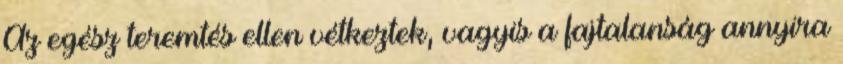
Az egész teremtés ellen vétkeztek, vagyis a fajtalanság annyira